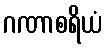
ဂဏာစရိယံ